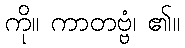
ကို။ ကာတဗ္ဗံ၊ ၏။